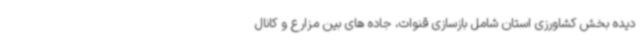
دیده بخش کشاورزی استان شامل بازسازی قنوات، جاده های بین مزارع و کانال